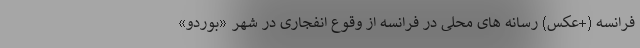
فرانسه (+عکس) رسانه های محلی در فرانسه از وقوع انفجاری در شهر «بوردو»